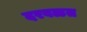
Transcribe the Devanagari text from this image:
दरवळत